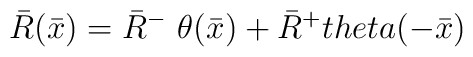
{\bar R}({\bar x}) = {\bar R}^-\  \theta ({\bar x}) + {\bar R}^+\\theta (-{\bar x})